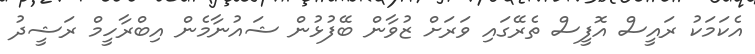
އެކަމަކު ރައީސް އޮފީސް ތެރޭގައި ވަރަށް ޒުވާން ބޭފުޅުން ޝައުނާމެން އިބްރާހީމް ރަޝީދު